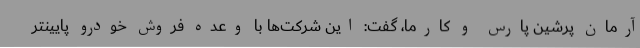
آرمان پرشین پارس و کارما، گفت: این شرکت‌ها با وعده فروش خودرو پایینتر